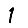
Digit: 1